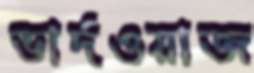
ভার্দওয়াজ